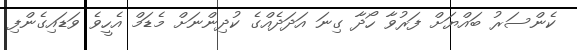
ކެންސަރު ބައްޔަށް ފަރުވާ ހޯދާ ގިނަ އަދަދެއްގެ ކުދިންނަށް މެޑަމް އެހީވެ ވަޑައިގެންފި